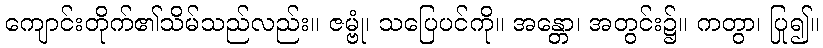
ကျောင်းတိုက်၏သိမ်သည်လည်း။ ဇမ္ဗုံ၊ သပြေပင်ကို။ အန္တော၊ အတွင်း၌။ ကတွာ၊ ပြု၍။